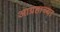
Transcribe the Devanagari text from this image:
आग्रहाच्या